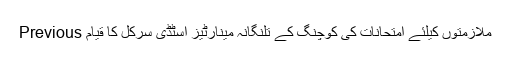
Previous ملازمتوں کیلئے امتحانات کی کوچنگ کے تلنگانہ مینارٹیز اسٹڈی سرکل کا قیام